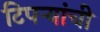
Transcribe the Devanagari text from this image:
टिपऱ्यांची